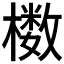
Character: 𰘸